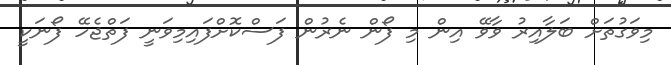
މިވަގުތަށް ބަލާއިރު ވާވޭ އިން މި ފޯން ނެރުން ފަސްކޮށްފައިމިވަނީ ފަތްޖެހޭ ފޯނަކީ